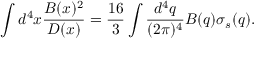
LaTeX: \int d ^ { 4 } x \frac { B ( x ) ^ { 2 } } { D ( x ) } = \frac { 1 6 } { 3 } \int \frac { d ^ { 4 } q } { ( 2 \pi ) ^ { 4 } } B ( q ) \sigma _ { s } ( q ) .